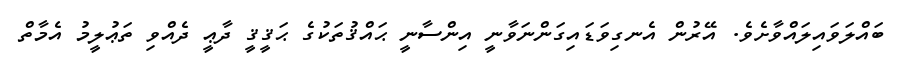
ބައްލަވައިލައްވާށެވެ. އޭރުން އެނގިވަޑައިގަންނަވާނީ އިންސާނީ ޙައްޤުތަކުގެ ޙަޤީޤީ ދާޢީ ދެއްވި ތަޢުލީމު އެމާތް